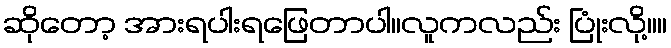
ဆိုတော့ အားရပါးရဖြေတာပါ။လူကလည်း ပြုံးလို့။။